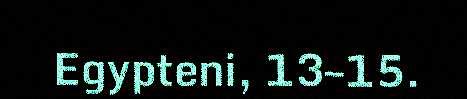
Egypteni, 13–15.